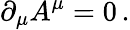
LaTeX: \partial_{\mu}A^{\mu}=0\, .